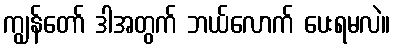
ကျွန်တော် ဒါအတွက် ဘယ်လောက် ပေးရမလဲ။